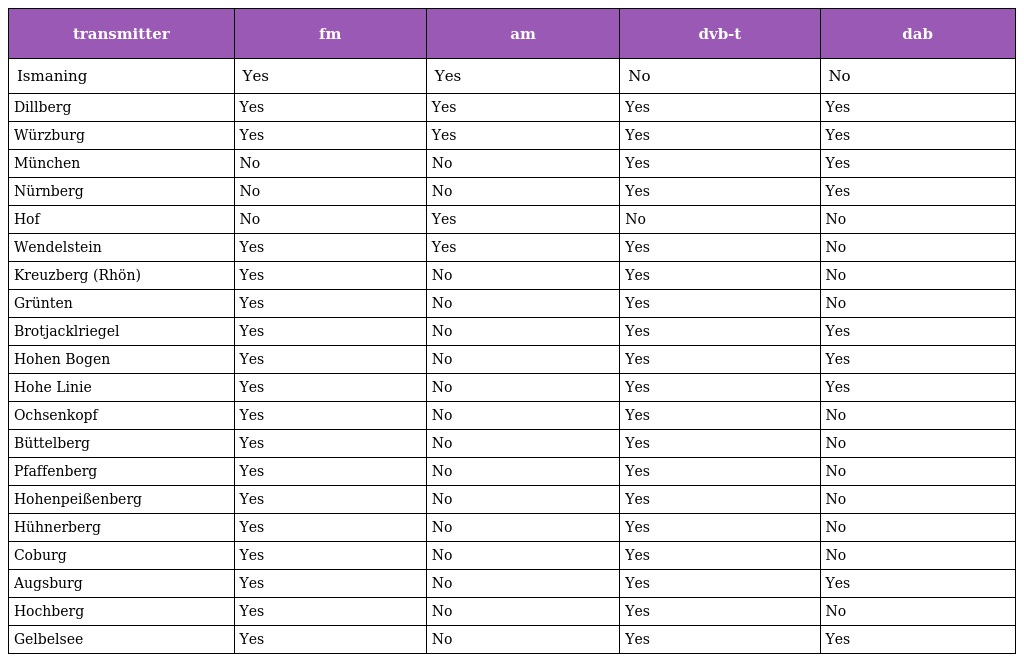
| transmitter | fm | am | dvb-t | dab |
 | --- | --- | --- | --- | --- |
 | Ismaning | Yes | Yes | No | No |
 | Dillberg | Yes | Yes | Yes | Yes |
 | Würzburg | Yes | Yes | Yes | Yes |
 | München | No | No | Yes | Yes |
 | Nürnberg | No | No | Yes | Yes |
 | Hof | No | Yes | No | No |
 | Wendelstein | Yes | Yes | Yes | No |
 | Kreuzberg (Rhön) | Yes | No | Yes | No |
 | Grünten | Yes | No | Yes | No |
 | Brotjacklriegel | Yes | No | Yes | Yes |
 | Hohen Bogen | Yes | No | Yes | Yes |
 | Hohe Linie | Yes | No | Yes | Yes |
 | Ochsenkopf | Yes | No | Yes | No |
 | Büttelberg | Yes | No | Yes | No |
 | Pfaffenberg | Yes | No | Yes | No |
 | Hohenpeißenberg | Yes | No | Yes | No |
 | Hühnerberg | Yes | No | Yes | No |
 | Coburg | Yes | No | Yes | No |
 | Augsburg | Yes | No | Yes | Yes |
 | Hochberg | Yes | No | Yes | No |
 | Gelbelsee | Yes | No | Yes | Yes |